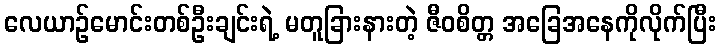
လေယာဉ်မောင်းတစ်ဦးချင်းရဲ့ မတူခြားနားတဲ့ ဇီဝစိတ္တ အခြေအနေကိုလိုက်ပြီး